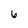
Character: 6